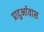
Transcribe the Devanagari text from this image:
प्रादुर्भावास